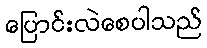
ပြောင်းလဲစေပါသည်